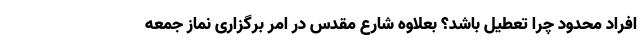
افراد محدود چرا تعطیل باشد؟ بعلاوه شارع مقدس در امر برگزاری نماز جمعه